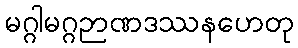
မဂ္ဂါမဂ္ဂဉာဏဒဿနဟေတု